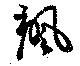
颯